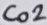
Text: Co2